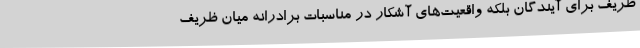
ظریف برای آیندگان بلکه واقعیت‌های آشکار در مناسبات برادرانه میان ظریف